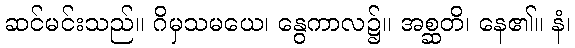
ဆင်မင်းသည်။ ဂိမှသမယေ၊ နွေကာလ၌။ အစ္ဆတိ၊ နေ၏။ နံ၊